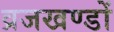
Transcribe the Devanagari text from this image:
व्रजखण्डों